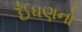
ઈઁધણનો